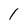
Character: 1